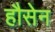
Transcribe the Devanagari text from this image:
हौसेन